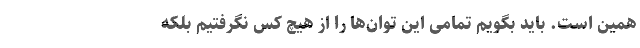
همین است. باید بگویم تمامی این توان‌ها را از هیچ کس نگرفتیم بلکه